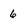
Character: 6